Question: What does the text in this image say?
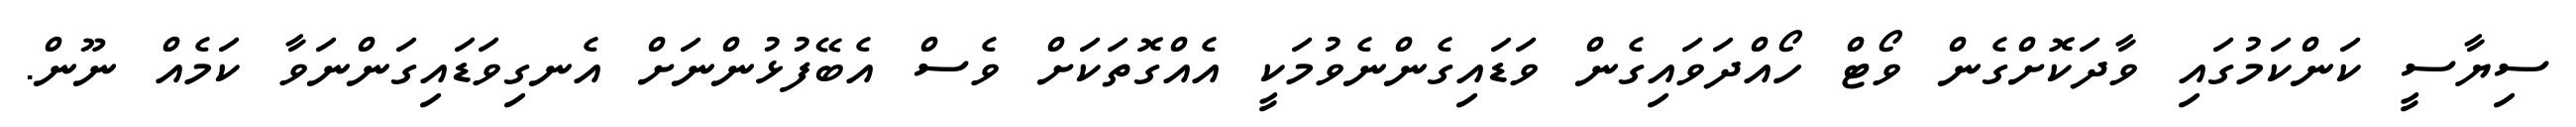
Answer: ސިޔާސީ ކަންކަމުގައި ވާދަކޮށްގެން ވޯޓް ހޯއްދަވައިގެން ވަޑައިގެންނެވުމަކީ އެއްގޮތަކަށް ވެސް އެބޭފުޅުންނަށް އެނގިވަޑައިގަންނަވާ ކަމެއް ނޫން.